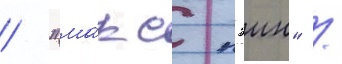
/ "ма́кс пэин" /